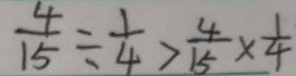
\frac { 4 } { 1 5 } \div \frac { 1 } { 4 } > \frac { 4 } { 1 5 } \times \frac { 1 } { 4 }